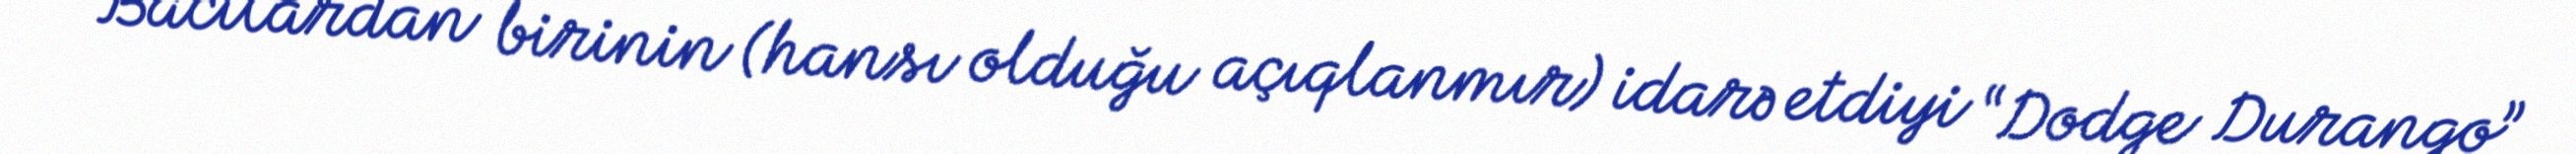
Bacılardan birinin (hansı olduğu açıqlanmır) idarə etdiyi “Dodge Durango”